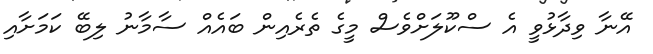
އޭނާ ވިދާޅުވީ އެ ސްކޫލަށްވެސް މީގެ ތެރެއިން ބައެއް ސާމާނު ލިބޭ ކަމަށާއި